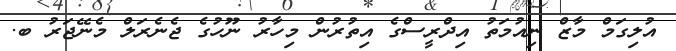
އުލިގަމް މާޒް ނިއުމަތު އިދްރީސްގެ އިތުރުން މިހާރު ނޫހުގެ ޖެނެރަލް މެނޭޖަރު ބ.